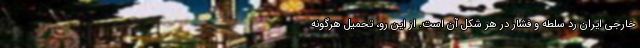
خارجی ایران رد سلطه و فشار در هر شکل آن است. از این رو، تحمیل هرگونه